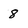
Character: 8